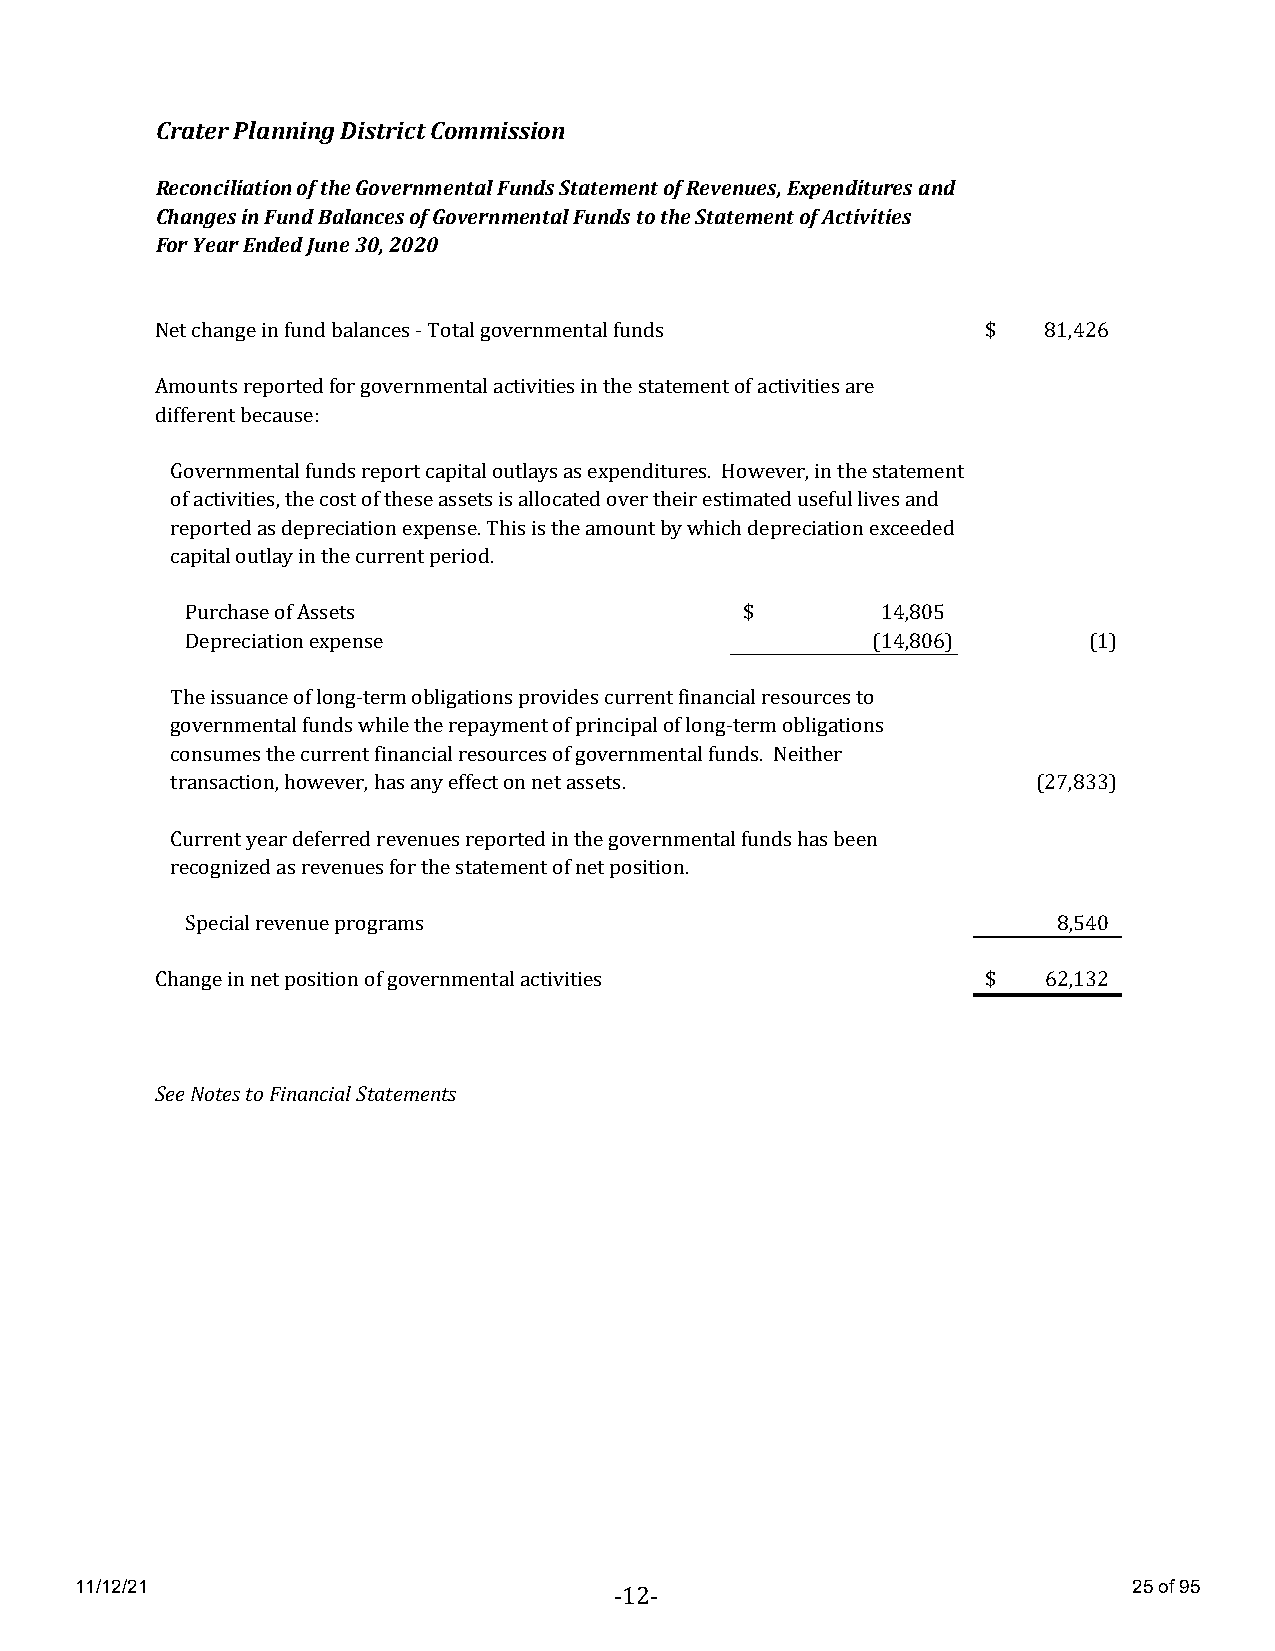
Crater Planning District Commission
 Reconciliation of the Governmental Funds Statement of Revenues, Expenditures and
 Changes in Fund Balances of Governmental Funds to the Statement of Activities
 For Year Ended June 30, 2020
 Net change in fund balances - Total governmental funds $   81,426
 Amounts reported for governmental activities in the statement of activities are
 different because:
 Governmental funds report capital outlays as expenditures. However, in the statement
 of activities, the cost of these assets is allocated over their estimated useful lives and
 reported as depreciation expense. This is the amount by which depreciation exceeded
 capital outlay in the current period.
 Purchase of Assets                   $        14,805
 Depreciation expense                          (14,806)      ( 1)
 The issuance of long-term obligations provides current financial resources to
 governmental funds while the repayment of principal of long-term obligations
 consumes the current financial resources of governmental funds. Neither
 transaction, however, has any effect on net assets.       ( 27,833)
 Current year deferred revenues reported in the governmental funds has been
 recognized as revenues for the statement of net position.
 Special revenue programs                                  8,540
 Change in net position of governmental activities      $   62,132
 See Notes to Financial Statements
 11/12/21                                                              25 of 95
 -12-